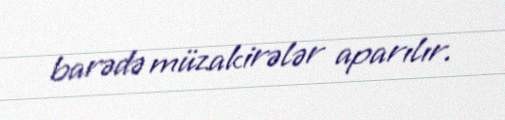
barədə müzakirələr aparılır.